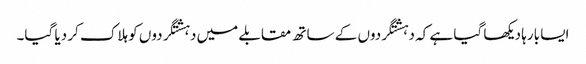
ایسا بارہا دیکھا گیا ہے کہ دہشتگردوں کے ساتھ مقابلے میں دہشتگردوں کو ہلاک کر دیا گیا۔